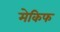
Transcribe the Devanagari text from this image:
मेकिफ